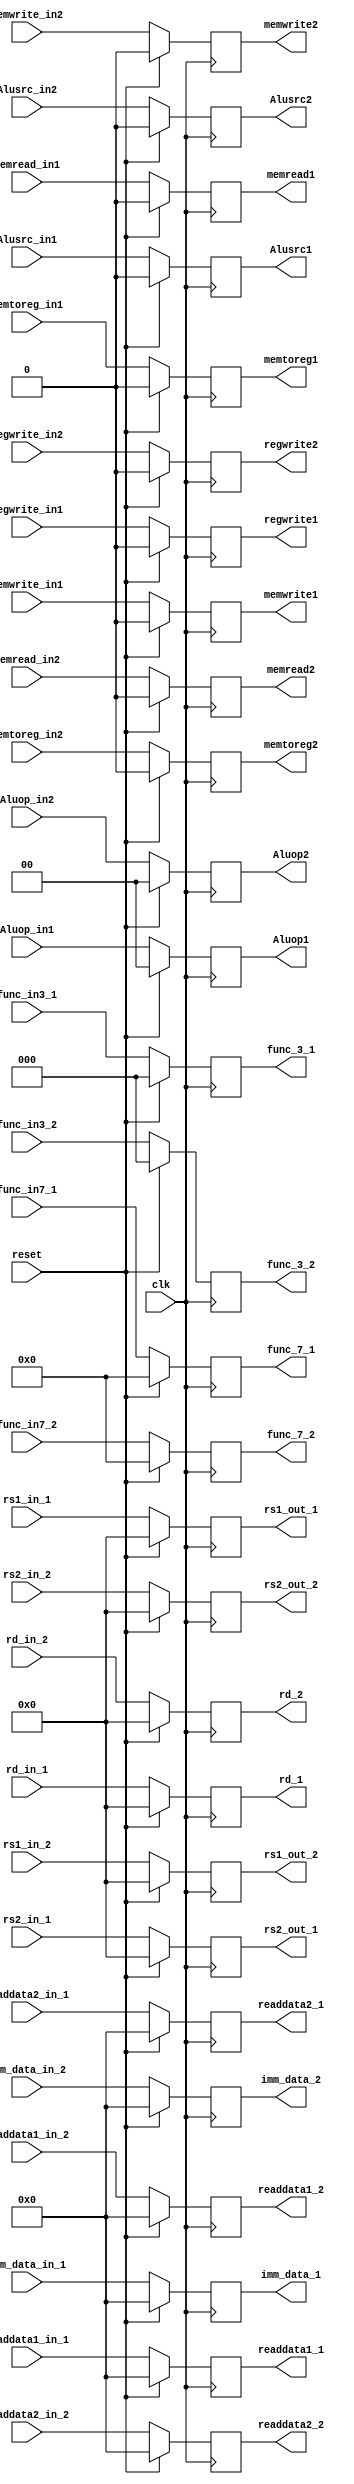
module ID_EX(
input clk,reset,
input memwrite_in1,memread_in1,memtoreg_in1,Alusrc_in1,regwrite_in1,//from CU
input [1:0] Aluop_in1,// from CU
input memwrite_in2,memread_in2,memtoreg_in2,Alusrc_in2,regwrite_in2,//from CU
input [1:0] Aluop_in2,
input [4:0] rd_in_1,
input [4:0] rd_in_2,
input [7:0] readdata1_in_1,readdata2_in_1,//from regfile
input [7:0] readdata1_in_2,readdata2_in_2,
input [7:0] imm_data_in_1,//imm data extractor
input [7:0] imm_data_in_2,
input  [2:0] func_in3_1,
input  [6:0] func_in7_1,
input  [2:0] func_in3_2,
input  [6:0] func_in7_2,
input [4:0] rs1_in_1,
input [4:0] rs2_in_1,
input [4:0] rs1_in_2,
input [4:0] rs2_in_2,

output  reg memwrite1,memread1,memtoreg1,Alusrc1,regwrite1,
output reg [1:0] Aluop1,
output  reg memwrite2,memread2,memtoreg2,Alusrc2,regwrite2,
output reg [1:0] Aluop2,
output  reg [4:0] rd_1,
output  reg [4:0] rd_2,
output  reg [7:0] readdata1_1,readdata2_1,
output  reg [7:0] readdata1_2,readdata2_2,
output  reg [7:0] imm_data_1,
output reg  [2:0] func_3_1,
output reg  [6:0] func_7_1,
output  reg [7:0] imm_data_2,
output reg  [2:0] func_3_2,
output reg  [6:0] func_7_2,
output reg [4:0] rs1_out_1,
output reg [4:0] rs2_out_1,
output reg [4:0] rs1_out_2,
output reg [4:0] rs2_out_2


    );
    always @(posedge clk)
    begin
    if(reset==1)
    begin
          rd_1 <= 5'b0;
           rd_2 <= 5'b0;
          imm_data_1 <= 8'b0;
           imm_data_2 <= 8'b0;
          readdata1_1 <= 8'b0;
          readdata2_1  <= 8'b0;
          readdata1_2 <= 8'b0;
          readdata2_2  <= 8'b0;
       
        func_3_1 <= 3'b0;
          func_7_1 <= 7'b0;
           func_3_2 <= 3'b0;
          func_7_2 <= 7'b0;
          memread1 <= 1'b0;
          memtoreg1 <=1'b0;
          memwrite1 <= 1'b0;
          regwrite1 <= 1'b0;
          Alusrc1 <= 1'b0;
          Aluop1 <= 2'b0;
              memread2 <= 1'b0;
          memtoreg2 <=1'b0;
          memwrite2 <= 1'b0;
          regwrite2 <= 1'b0;
          Alusrc2 <= 1'b0;
          Aluop2 <= 2'b0;
          rs1_out_1 <= 5'b0;
          rs2_out_1 <= 5'b0; 
          rs1_out_2 <= 5'b0;
          rs2_out_2 <= 5'b0;
          end
       
 else
        begin
          rd_1 <= rd_in_1;
          rd_2 <= rd_in_2;
          imm_data_1 <= imm_data_in_1;
           imm_data_2 <= imm_data_in_2;
          readdata1_1 <= readdata1_in_1;
          readdata2_1 <= readdata2_in_1;
             readdata1_2 <= readdata1_in_2;
          readdata2_2 <= readdata2_in_2;
          func_3_1 <= func_in3_1;
          func_7_1 <= func_in7_1;
          func_3_2 <= func_in3_2;
          func_7_2 <= func_in7_2;
          memread1 <= memread_in1;
         memtoreg1 <= memtoreg_in1;
          memwrite1 <= memwrite_in1;
         regwrite1 <= regwrite_in1;
          Alusrc1 <= Alusrc_in1;
          Aluop1 <= Aluop_in1;
           memread2 <= memread_in2;
         memtoreg2 <= memtoreg_in2;
          memwrite2 <= memwrite_in2;
         regwrite2 <= regwrite_in2;
          Alusrc2 <= Alusrc_in2;
          Aluop2 <= Aluop_in2;
           
          rs1_out_1 <= rs1_in_1;
          rs2_out_1 <= rs2_in_1;
          rs1_out_2 <= rs1_in_2;
          rs2_out_2 <= rs2_in_2;
          
        end
   end
endmodule